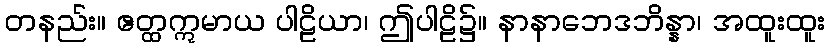
တနည်း။ ဧတ္ထဣမာယ ပါဠိယာ၊ ဤပါဠိ၌။ နာနာဘေဒဘိန္နာ၊ အထူးထူး